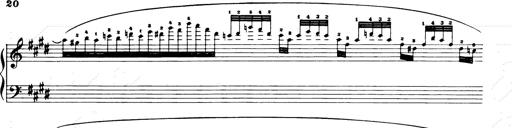
Title: Consolations and LiebestrÃ¤ume for the Piano
Composer: Franz Liszt